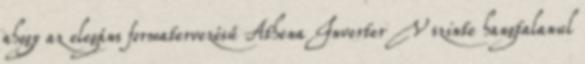
ahogy az elegáns formatervezésű Athena Inverter V szinte hangtalanul